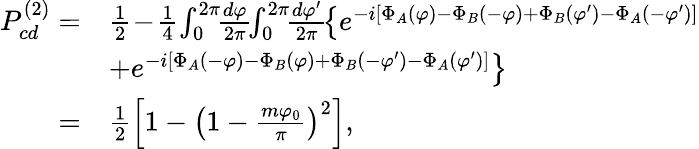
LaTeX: \begin{array}{rl}{P_{cd}^{(2)}=}&{\frac{1}{2}\! -\! \frac{1}{4}\! \int_{0}^{2\pi}\! \! \frac{d\varphi}{2\pi}\! \! \int_{0}^{2\pi}\! \! \frac{d\varphi^{\prime}}{2\pi}\! \left\{ e^{-i\left[\Phi_{A}(\varphi)-\Phi_{B}(-\varphi)+\Phi_{B}(\varphi^{\prime})-\Phi_{A}(-\varphi^{\prime})\right]}\right.}\\ &{\left.+e^{-i\left[\Phi_{A}(-\varphi)-\Phi_{B}(\varphi)+\Phi_{B}(-\varphi^{\prime})-\Phi_{A}(\varphi^{\prime})\right]}\right\} }\\ {=}&{\frac{1}{2}\left[1-\left(1-\frac{m\varphi_{0}}{\pi}\right)^{2}\right],}\end{array}